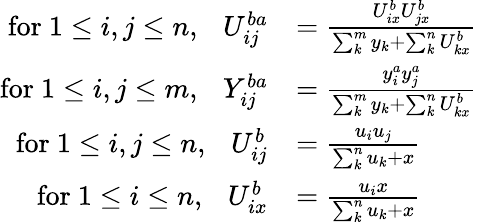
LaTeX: \begin{array}{rl}{\mathrm{for~}1\leq i,j\leq n,~~~U_{ij}^{ba}}&{=\frac{U_{ix}^{b}U_{jx}^{b}}{\sum_{k}^{m}y_{k}+\sum_{k}^{n}U_{kx}^{b}}}\\ {\mathrm{for~}1\leq i,j\leq m,~~~Y_{ij}^{ba}}&{=\frac{y_{i}^{a}y_{j}^{a}}{\sum_{k}^{m}y_{k}+\sum_{k}^{n}U_{kx}^{b}}}\\ {\mathrm{for~}1\leq i,j\leq n,~~~U_{ij}^{b}}&{=\frac{u_{i}u_{j}}{\sum_{k}^{n}u_{k}+x}}\\ {\mathrm{for~}1\leq i\leq n,~~~U_{ix}^{b}}&{=\frac{u_{i}x}{\sum_{k}^{n}u_{k}+x}}\end{array}